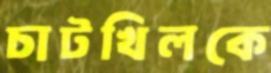
চাটখিলকে